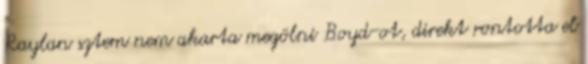
Raylan sztem nem akarta megölni Boyd-ot, direkt rontotta el